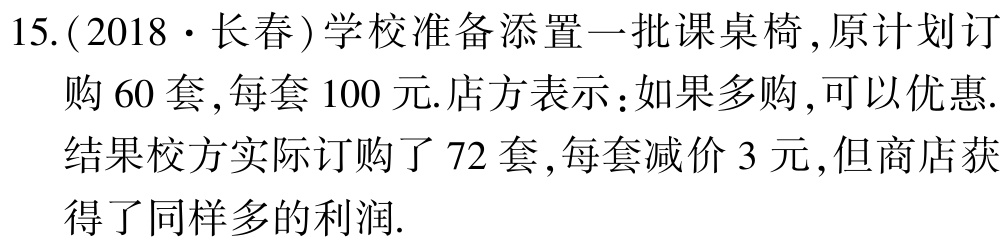
15.(2018·长春)学校准备添置一批课桌椅,原计划订

购$60$套,每套$100$元.店方表示：如果多购,可以优惠.

结果校方实际订购了$72$套,每套减价$3$元,但商店获

得了同样多的利润.